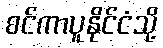
စင်ကာပူနိုင်ငံသို့